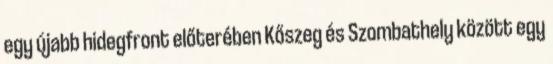
egy újabb hidegfront előterében Kőszeg és Szombathely között egy